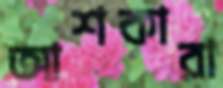
আশকারা